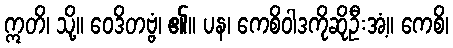
ဣတိ၊ သို့။ ဝေဒိတဗ္ဗံ၊ ၏။ ပန၊ ကေစိဝါဒကိုဆိုဦးအံ့။ ကေစိ၊